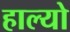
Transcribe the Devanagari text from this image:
हाल्‍यो